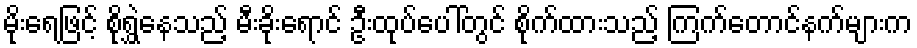
မိုးရေဖြင့် စိုရွှဲနေသည့် မီးခိုးရောင် ဦးထုပ်ပေါ်တွင် စိုက်ထားသည့် ကြက်တောင်နက်များက